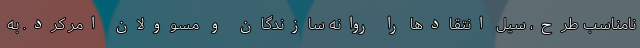
نامناسب طرح، سیل انتقادها را روانه سازندگان و مسوولان امر کرد. به